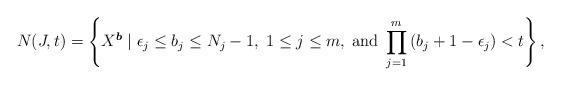
LaTeX: \begin{align*}N(J,t) = \left\{ X^{\boldsymbol{b}} \; | \; \epsilon_j \leq b_j \leq N_j -1, \; 1 \leq j \leq m, \; \mathrm{and} \; \prod_{j=1}^m \left(b_j +1 - \epsilon_j \right) < t \right\},\end{align*}